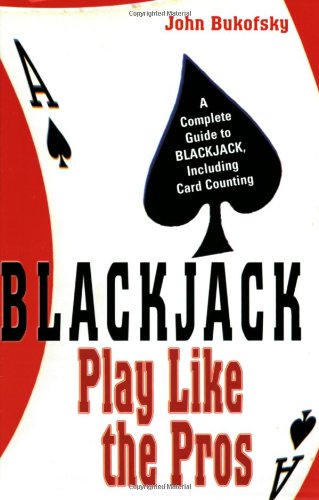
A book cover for Blackjack: Play Like The Pros; John Bukofsky; Humor & Entertainment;